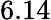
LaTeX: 6.14